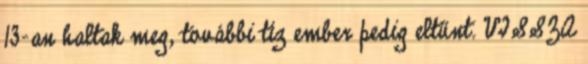
13-an haltak meg, további tíz ember pedig eltűnt. VISSZA